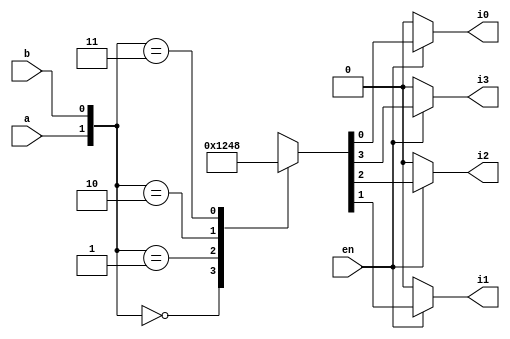
`timescale 1ns / 1ps
//////////////////////////////////////////////////////////////////////////////////
// Company: 
// Engineer: 
// 
// Design Name: 
// Module Name:    DEC3_8 
// Project Name: 
// Target Devices: 
// Tool versions: 
// Description: 
//
// Dependencies: 
//
// Revision: 
// Revision 0.01 - File Created
// Additional Comments: 
//
//////////////////////////////////////////////////////////////////////////////////
module dec2_4(en,a,b,i0,i1,i2,i3);
	input en,a,b;
	output reg i0,i1,i2,i3;
	
	always@(*)
		begin
			if(en)
				begin
					case({a,b})
					2'b00 : {i3,i2,i1,i0} = 4'b0001;
					2'b01 : {i3,i2,i1,i0} = 4'b0010;
					2'b10 : {i3,i2,i1,i0} = 4'b0100;
					2'b11 : {i3,i2,i1,i0} = 4'b1000;
					default {i3,i2,i1,i0} = 4'b0000;
					endcase
				end
			else {i3,i2,i1,i0} = 4'b0000;
		end
endmodule

module DEC3_8(a,b,c,i0,i1,i2,i3,i4,i5,i6,i7);
	input a,b,c;
	output i0,i1,i2,i3,i4,i5,i6,i7;
	
	dec2_4 d1(~a,b,c,i0,i1,i2,i3);
	dec2_4 d2(a,b,c,i4,i5,i6,i7);
	
endmodule